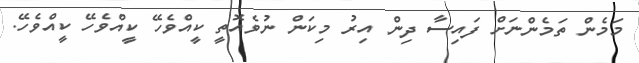
މަމެން ތަމެންނަށް ފައިސާ ދިން އިރު މިކަން ނުވެއޮތީ ކީއްވެހޭ ކީއްވެހޭ ކީއްވެހޭ.